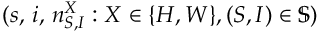
( s , \, i , \, n _ { S , I } ^ { X } : X \in \{ H , W \} , ( S , I ) \in \mathbb { S } )